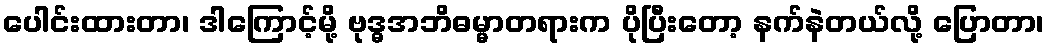
ပေါင်းထားတာ၊ ဒါကြောင့်မို့ ဗုဒ္ဓအဘိဓမ္မာတရားက ပိုပြီးတော့ နက်နဲတယ်လို့ ပြောတာ၊